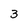
Character: 3